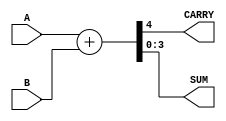
module Half_adder (A,B,CARRY,SUM);

input [3:0] A,B;
output CARRY;
output[3:0] SUM;
assign {CARRY,SUM}=A+B;
endmodule